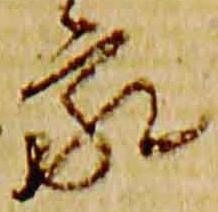
家